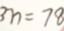
3 n = 7 8